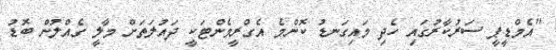
"އެމްޑީޕީ ސަރުކާރުގައި ހެދި މައިގަނޑު ކޮންމެ އެގްރީމެންޓަކީ ދައުލަތަށް މާލީ ގެއްލުން ބޮޑު